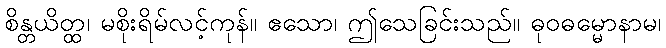
စိန္တယိတ္ထ၊ မစိုးရိမ်လင့်ကုန်။ ဧသော၊ ဤသေခြင်းသည်။ ဓုဝဓမ္မောနာမ၊